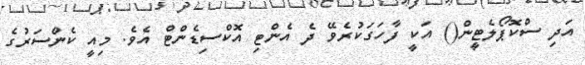
އަދި ސްކޮޕޯލެޓީން() އަކީ ފާހަގަކުރެވޭ ދެ އެންޓި އޮކްސިޑެންޓް އެވެ. މިއީ ކެންސަރުގެ